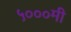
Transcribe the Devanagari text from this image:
५०००मी